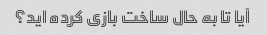
آیا تا به حال ساخت بازی کرده اید؟